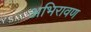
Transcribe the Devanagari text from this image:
अभिरावण